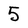
Character: 5